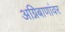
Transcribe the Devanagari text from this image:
अग्निबाणांवर